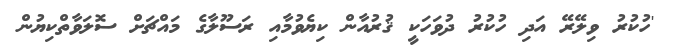
'ހުކުރު ވިލޭރޭ އަދި ހުކުރު ދުވަހަކީ ޤުރުއާން ކިޔެވުމާއި ރަސޫލާގެ މައްޗަށް ސޮލަވާތްކިޔުން